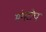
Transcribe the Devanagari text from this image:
मंगरोप